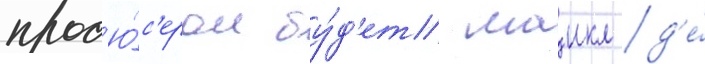
прод'ю́с'ером бу́д'ет маикл д'е́